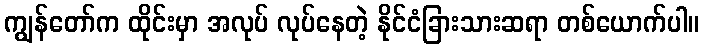
ကျွန်တော်က ထိုင်းမှာ အလုပ် လုပ်နေတဲ့ နိုင်ငံခြားသားဆရာ တစ်ယောက်ပါ။